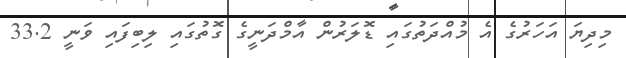
މިދިޔަ އަހަރުގެ އެ މުއްދަތުގައި ޑޮލަރުން އާމްދަނީގެ ގޮތުގައި ލިބިފައި ވަނީ 33.2